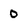
Character: 0